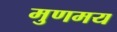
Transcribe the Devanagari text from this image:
मुणमय